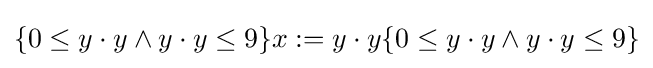
\{0\leq y\cdot y\wedge y\cdot y\leq 9\}x:=y\cdot y\{0\leq y\cdot y\wedge y\cdot y\leq 9\}